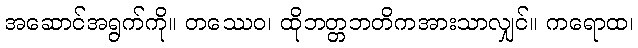
အဆောင်အရွက်ကို။ တဿေဝ၊ ထိုဘတ္တဘတိကအားသာလျှင်။ ကရောထ၊